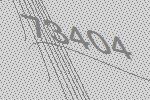
73404